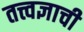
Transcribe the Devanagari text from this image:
तत्त्वज्ञाची